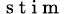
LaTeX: _{\mathrm{~s~t~i~m~}}